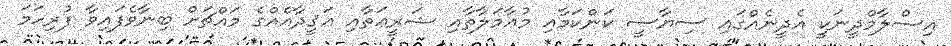
އިސްލާމްދީނަކީ އެދީނެއްގައި ސިޔާސީ ކަންކަމާއި މުޢާމަލާތާއި ޝަރީޢަތާއި ޢަޤީދާއެއްގެ މައްޗަށް ބިނާވެފައިވާ ފުރިހަމަ